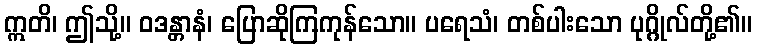
ဣတိ၊ ဤသို့။ ဝဒန္တာနံ၊ ပြောဆိုကြကုန်သော။ ပရေသံ၊ တစ်ပါးသော ပုဂ္ဂိုလ်တို့၏။